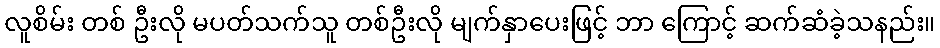
လူစိမ်း တစ် ဦးလို မပတ်သက်သူ တစ်ဦးလို မျက်နှာပေးဖြင့် ဘာ ကြောင့် ဆက်ဆံခဲ့သနည်း။